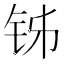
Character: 𬬳